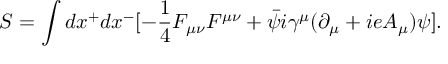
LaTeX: { \cal S } = \int d x ^ { + } d x ^ { - } [ - { \frac { 1 } { 4 } } F _ { \mu \nu } F ^ { \mu \nu } + \bar { \psi } i \gamma ^ { \mu } ( \partial _ { \mu } + i e A _ { \mu } ) \psi ] .